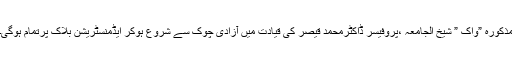
مذکورہ ”واک ” شیخ الجامعہ ،پروفیسر ڈاکٹرمحمد قیصر کی قیادت میں آزادی چوک سے شروع ہوکر ایڈمنسٹریشن بلاک پرتمام ہوگی۔